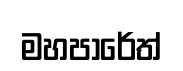
මහපාරේත්